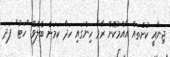
ޖިނާއީ ކުށްތައް އާއްމުކޮށް ރާވާ ހިންގައި ހަދާ ކަމަށް ބެލެވޭ "ހަޓު" ފަދަ